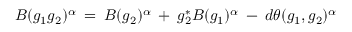
{ \cal B } ( g _ { 1 } g _ { 2 } ) ^ { \alpha } \: = \: { \cal B } ( g _ { 2 } ) ^ { \alpha } \: + \: g _ { 2 } ^ { * } { \cal B } ( g _ { 1 } ) ^ { \alpha } \: - \: d \theta ( g _ { 1 } , g _ { 2 } ) ^ { \alpha }